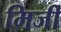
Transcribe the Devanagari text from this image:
मिर्जी